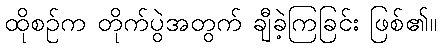
ထိုစဉ်က တိုက်ပွဲအတွက် ချီခဲ့ကြခြင်း ဖြစ်၏။